On a parasite found in persons suffering from enlargement of the spleen in India - Number 15
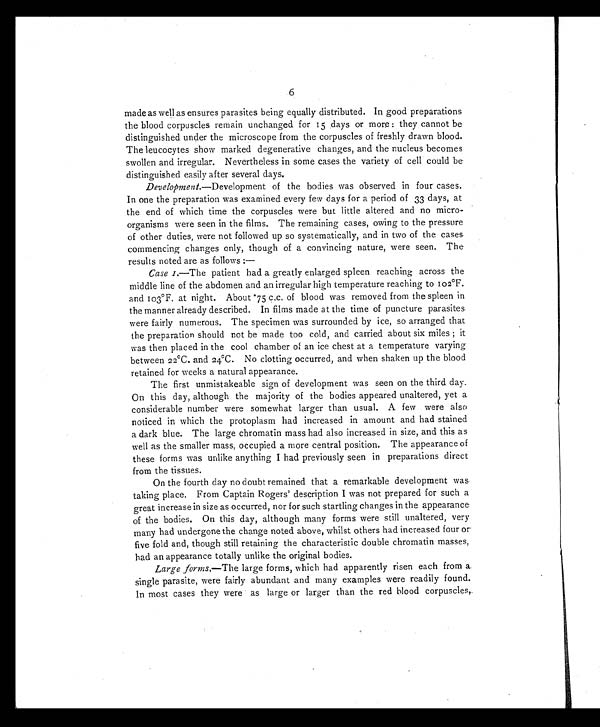
6
made as well as ensures parasites being equally distributed. In good preparations
the blood corpuscles remain unchanged for 15 days or more : they cannot be
distinguished under the microscope from the corpuscles of freshly drawn blood.
The leucocytes show marked degenerative changes, and the nucleus becomes
swollen and irregular. Nevertheless in some cases the variety of cell could be
distinguished easily after several days.
Development. —Development of the bodies was observed in four cases.
In one the preparation was examined every few days for a period of 33 days, at
the end of which time the corpuscles were but little altered and no micro-
organisms were seen in the films. The remaining cases, owing to the pressure
of other duties, were not followed up so systematically, and in two of the cases
commencing changes only, though of a convincing nature, were seen. The
results noted are as follows :
—
Case 1.—The patient had a greatly enlarged spleen reaching across the
middle line of the abdomen and an irregular high temperature reaching to 102°F.
and 103°F. at night. About .75 c.c. of blood was removed from the spleen in
the manner already described. In films made at the time of puncture parasites
were fairly numerous. The specimen was surrounded by ice, so arranged that
the preparation should not be made too cold, and carried about six miles ; it
was then placed in the cool chamber of an ice chest at a temperature varying
between 22°C. and 24°C. No clotting occurred, and when shaken up the blood
retained for weeks a natural appearance.
The first unmistakeable sign of development was seen on the third day.
On this day, although the majority of the bodies appeared unaltered, yet a
considerable number were somewhat larger than usual. A few were also
noticed in which the protoplasm had increased in amount and had stained
a dark blue. The large chromatin mass had also increased in size, and this as
well as the smaller mass, occupied a more central position. The appearance of
these forms was unlike anything I had previously seen in preparations direct
from the tissues.
On the fourth day no doubt remained that a remarkable development was
taking place. From Captain Rogers' description I was not prepared for such a
great increase in size as occurred, nor for such startling changes in the appearance
of the bodies. On this day, although many forms were still unaltered, very
many had undergone the change noted above, whilst others had increased four or
five fold and, though still retaining the characteristic double chromatin masses,
had an appearance totally unlike the original bodies.
Large forms.—The large forms, which had apparently risen each from a
single parasite, were fairly abundant and many examples were readily found.
In most cases they were as large or larger than the red blood corpuscles,